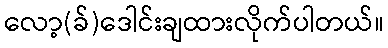
လော့(ခ်)ဒေါင်းချထားလိုက်ပါတယ်။